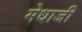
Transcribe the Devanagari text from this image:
मेधाजी